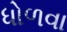
ધોળવા